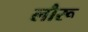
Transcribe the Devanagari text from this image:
लौरू